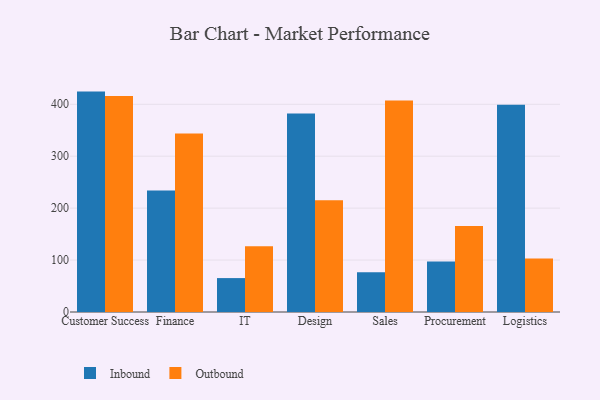
{"axis": {"x": "Department", "y": "Customer Acquisition Cost (USD)"}, "legend": ["Inbound", "Outbound"], "data": [{"x": "Customer Success", "y": 424.4, "type": "Inbound"}, {"x": "Customer Success", "y": 415.8, "type": "Outbound"}, {"x": "Finance", "y": 234.1, "type": "Inbound"}, {"x": "Finance", "y": 343.6, "type": "Outbound"}, {"x": "IT", "y": 65.3, "type": "Inbound"}, {"x": "IT", "y": 126.8, "type": "Outbound"}, {"x": "Design", "y": 382.1, "type": "Inbound"}, {"x": "Design", "y": 215.3, "type": "Outbound"}, {"x": "Sales", "y": 76.6, "type": "Inbound"}, {"x": "Sales", "y": 407.5, "type": "Outbound"}, {"x": "Procurement", "y": 97.2, "type": "Inbound"}, {"x": "Procurement", "y": 165.5, "type": "Outbound"}, {"x": "Logistics", "y": 399.1, "type": "Inbound"}, {"x": "Logistics", "y": 103.1, "type": "Outbound"}]}